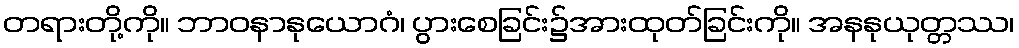
တရားတို့ကို။ ဘာဝနာနုယောဂံ၊ ပွားစေခြင်း၌အားထုတ်ခြင်းကို။ အနနုယုတ္တဿ၊